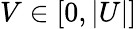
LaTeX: V\in[0,|U|]